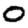
Digit: 0